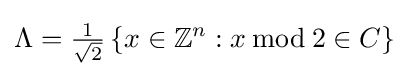
\Lambda ={\tfrac {1}{\sqrt {2}}}\left\{x\in \mathbb {Z} ^{n}:x\,{\bmod {\,}}2\in C\right\}